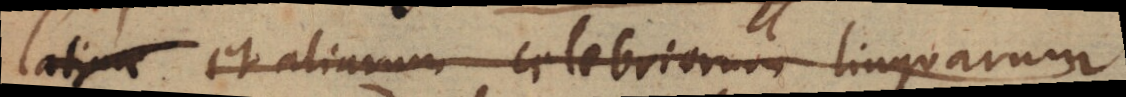
latine et aliaarum celebriorum linguarum